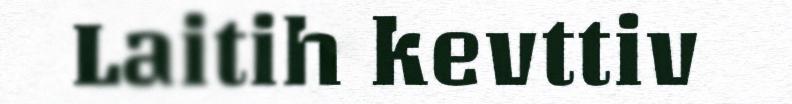
Laitih kevttiv